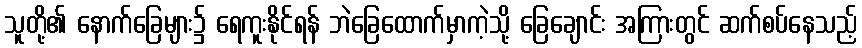
သူတို့၏ နောက်ခြေများ၌ ရေကူးနိုင်ရန် ဘဲခြေထောက်မှာကဲ့သို့ ခြေချောင်း အကြားတွင် ဆက်စပ်နေသည့်